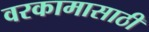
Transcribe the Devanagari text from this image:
वरकामासाठी